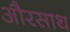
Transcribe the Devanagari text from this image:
औरसाथ